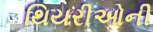
થિયરીઓની